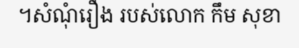
។សំណុំរឿង របស់លោក កឹម សុខា